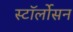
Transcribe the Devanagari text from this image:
स्टॉर्लोसन